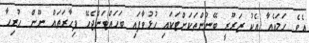
އެވެ. ހަމައެއާ އެކު ޒަރޫރީ ބޭނުންތަކަށްޓަކައި ހުޅުވާފައި ބަހައްޓަންޖެހޭ ފިހާރަތައް ނޫން ހުރިހާ